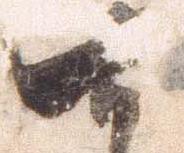
可